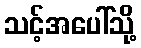
သင့်အပေါ်သို့